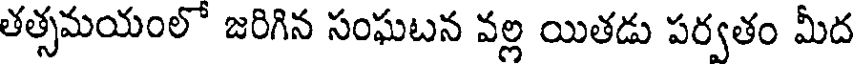
తత్సమయంలో జరిగిన సంఘబన వల్ల యితడు పర్వతం మీద